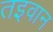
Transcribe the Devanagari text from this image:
तइवान